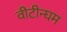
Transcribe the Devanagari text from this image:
वीटीन्घम